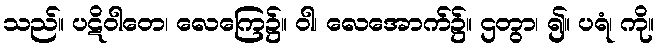
သည်။ ပဋိဝါတေ၊ လေကြေ၌။ ဝါ၊ လေအောက်၌။ ဌတွာ၊ ၍။ ပရံ၊ ကို။